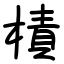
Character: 樍